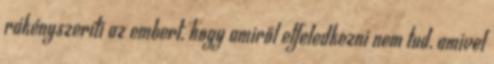
rákényszeríti az embert, hogy amiről elfeledkezni nem tud, amivel